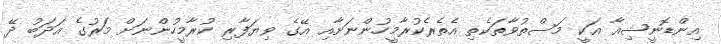
އިންޑޮނީޝިއާ އަކީ މަސްތުވާތަކެތި އެތެރެކުރާމީހުންނަށާއި އޭގެ ވިޔަފާރި ކުރާމީހުންނަށް މަރުގެ އަދަބު ދޭ